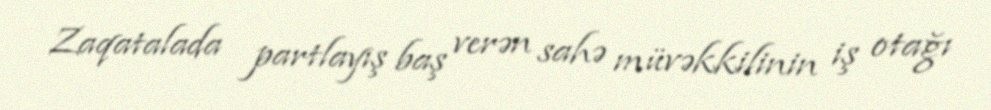
Zaqatalada partlayış baş verən sahə müvəkkilinin iş otağı